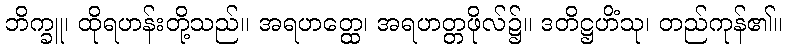
ဘိက္ခူ၊ ထိုရဟန်းတို့သည်။ အရဟတ္ထေ၊ အရဟတ္တဖိုလ်၌။ ဒတိဋ္ဌဟိံသု၊ တည်ကုန်၏။